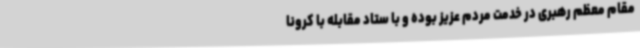
مقام معظم رهبری در خدمت مردم عزیز بوده و با ستاد مقابله با کرونا